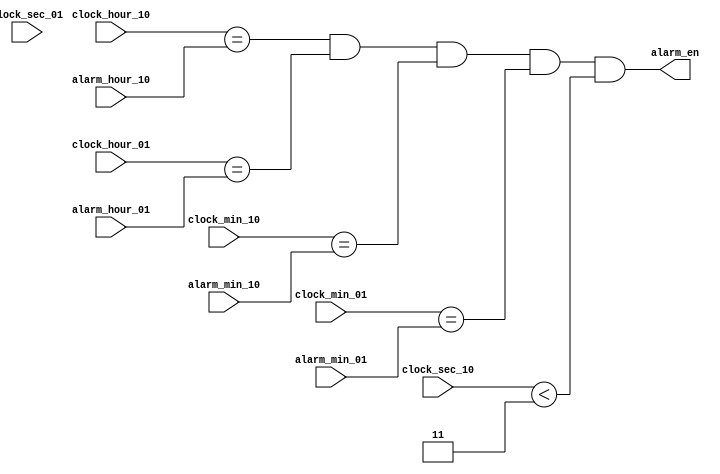
/*
    judge time now and time of alarm is equal
*/
module alarm_clock_EQ
(

    input [3:0] clock_sec_01,
    input [3:0] clock_sec_10,
    input [3:0] clock_min_01,
    input [3:0] clock_min_10,
    input [3:0] clock_hour_01,
    input [3:0] clock_hour_10,

    input [3:0] alarm_min_01,
    input [3:0] alarm_min_10,
    input [3:0] alarm_hour_01,
    input [3:0] alarm_hour_10,

    output wire alarm_en
);

    // 10 of hour is equal
    wire hour_10_equal;
    assign hour_10_equal    = (clock_hour_10 == alarm_hour_10);
    // 01 of hour is equal
    wire hour_01_equal;
    assign hour_01_equal    = (clock_hour_01 == alarm_hour_01);
    // 10 of min is equal
    wire min_10_equal;
    assign min_10_equal     = (clock_min_10 == alarm_min_10);
    // 01 of min is equal
    wire min_01_equal;
    assign min_01_equal     = (clock_min_01 == alarm_min_01);
    // clock is equal to alarm
    wire equal;
    assign equal = (hour_10_equal & hour_01_equal & min_10_equal & min_01_equal);
    // enable clock in 0-29 sec
    assign alarm_en = (equal & clock_sec_10 < 4'b0011);

endmodule